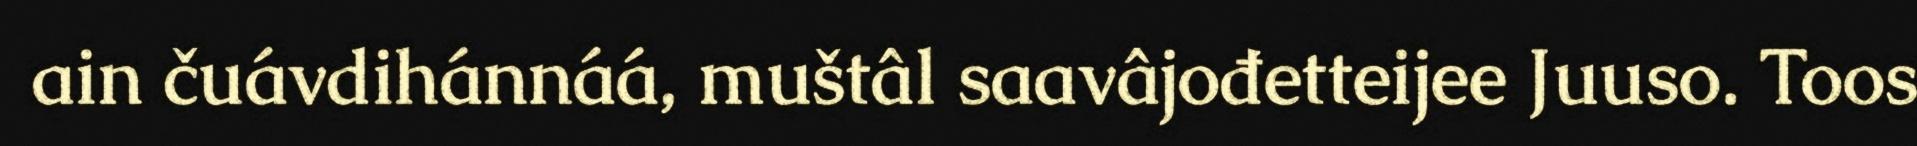
ain čuávdihánnáá, muštâl saavâjođetteijee Juuso. Toos